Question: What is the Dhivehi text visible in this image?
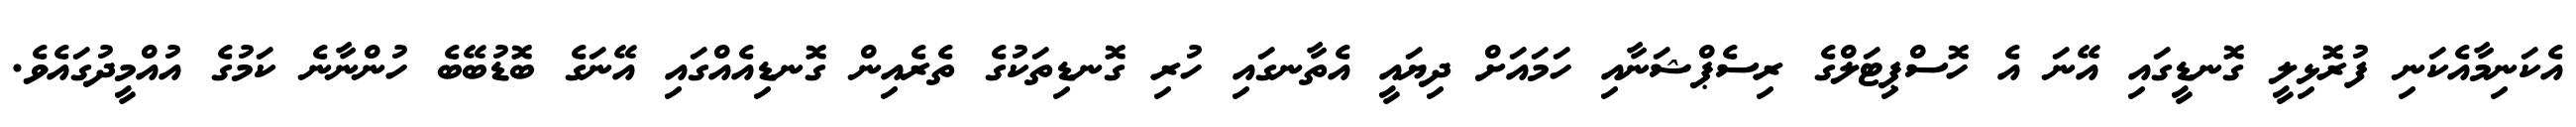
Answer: އެކަނިމާއެކަނި ފުރޮޅިލީ ގޮނޑީގައި އޭނަ އެ ހޮސްޕިޓަލްގެ ރިސެޕްޝަނާއި ހަމައަށް ދިޔައީ އެތާނގައި ހުރި ގޮނޑިތަކުގެ ތެރެއިން ގޮނޑިއެއްގައި އޭނަގެ ބޮޑުބޭބެ ހުންނާނެ ކަމުގެ އުއްމީދުގައެވެ.